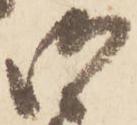
御